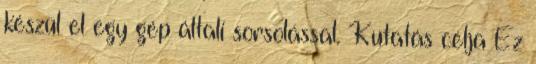
készül el egy gép általi sorsolással. Kutatás célja Ez